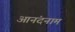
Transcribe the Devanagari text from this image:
आनंदनाम